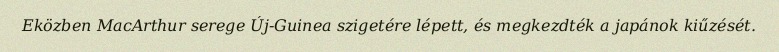
Eközben MacArthur serege Új-Guinea szigetére lépett, és megkezdték a japánok kiűzését.